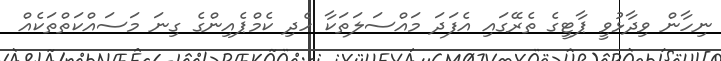
ނިހާން ވިދާޅުވީ ޕާޓީގެ ތެރޭގައި އެފަދަ މައްސަލަތަކާ ހެދި ކެމްޕެއިންގެ ގިނަ މަސައްކަތްތަކެއް